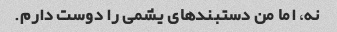
نه، اما من دستبندهای یشمی را دوست دارم.